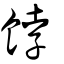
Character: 餑